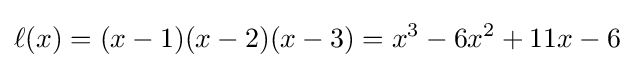
\ell (x)=(x-1)(x-2)(x-3)=x^{3}-6x^{2}+11x-6